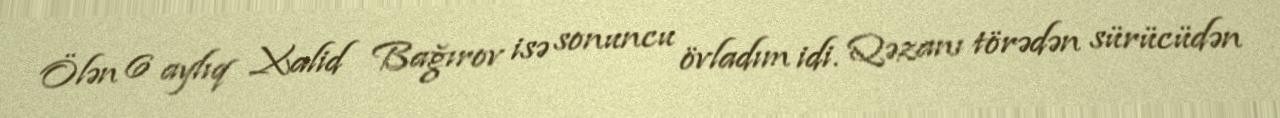
Ölən 6 aylıq Xalid Bağırov isə sonuncu övladım idi. Qəzanı törədən sürücüdən